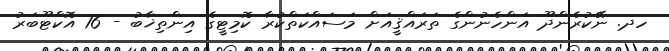
ހދ. ނޭކުރެންދޫ އަންހެނުންގެ ތަރައްޤީއަށް މަސައްކަތްކުރާ ކޮމިޓީގެ އިންތިޚާބު - 16 އޮކްޓޫބަރު